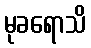
မုခရောသိ